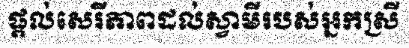
ផ្តល់សេរីភាពដល់ស្វាមីរបស់អ្នកស្រី